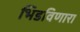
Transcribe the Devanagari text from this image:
भिडविणारा